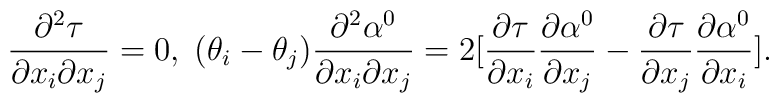
\frac{\partial^2 \tau}{\partial x_i \partial x_j}=0, \;(\theta_i - \theta_j)\frac{\partial^2 \alpha^0}{\partial x_i \partial x_j}=2 [\frac{\partial \tau}{\partial x_i} \frac{\partial \alpha^0}{\partial x_j}-\frac{\partial \tau}{\partial x_j} \frac{\partial \alpha^0}{\partial x_i}].